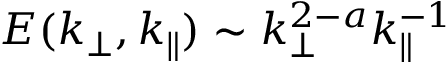
E ( k _ { \perp } , k _ { \parallel } ) \sim k _ { \perp } ^ { 2 - a } k _ { \parallel } ^ { - 1 }